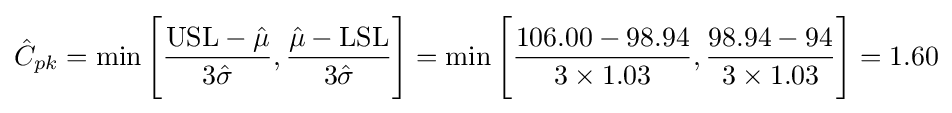
{\hat {C}}_{pk}=\min {\Bigg [}{{\text{USL}}-{\hat {\mu }} \over 3{\hat {\sigma }}},{{\hat {\mu }}-{\text{LSL}} \over 3{\hat {\sigma }}}{\Bigg ]}=\min {\Bigg [}{106.00-98.94 \over 3\times 1.03},{98.94-94 \over 3\times 1.03}{\Bigg ]}=1.60